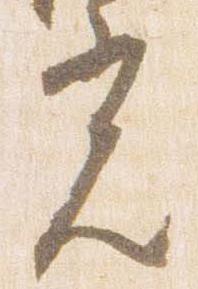
光